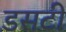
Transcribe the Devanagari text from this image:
डसटी